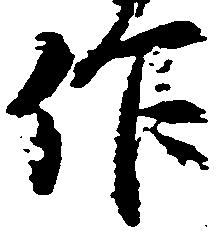
作